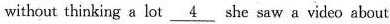
without thinking a lot \underline{4} he saw a video about